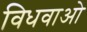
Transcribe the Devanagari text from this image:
विधवाओ